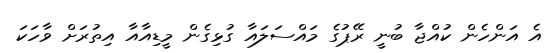
އެ އަންހެން ކުއްޖާ ބުނީ ރޭޕުގެ މައްސަލައާ ގުޅިގެން މީޑިއާއާ އިތުރަށް ވާހަކަ